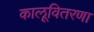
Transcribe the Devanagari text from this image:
कालूवितरणा